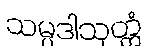
သမ္ပဒါသုတ္တံ